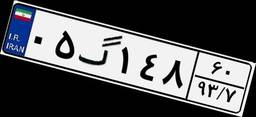
۰۵گ۱۴۸۶۰